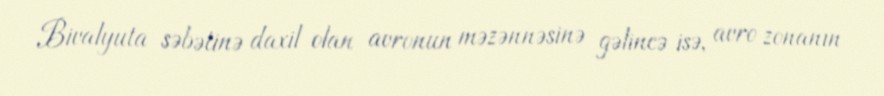
Bivalyuta səbətinə daxil olan avronun məzənnəsinə gəlincə isə, avro zonanın